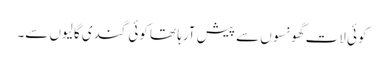
کوئی لات گھونسوں سے پیش آرہا تھا کوئی گندی گالیوں سے۔